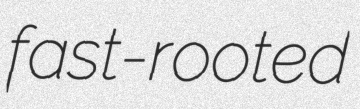
fast-rooted